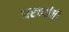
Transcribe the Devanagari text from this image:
घरच्‍यांची